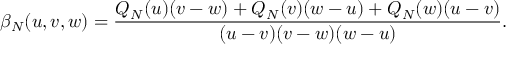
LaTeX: \beta _ { N } ( u , v , w ) = { \frac { Q _ { N } ( u ) ( v - w ) + Q _ { N } ( v ) ( w - u ) + Q _ { N } ( w ) ( u - v ) } { ( u - v ) ( v - w ) ( w - u ) } } .